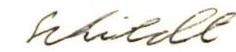
Schildt